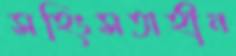
সহিংসতাহীন